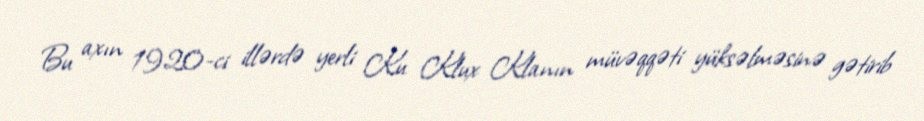
Bu axın 1920-ci illərdə yerli Ku Klux Klanın müvəqqəti yüksəlməsinə gətirib